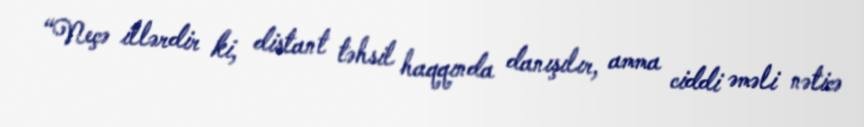
“Neçə illərdir ki, distant təhsil haqqında danışılır, amma ciddi əməli nəticə